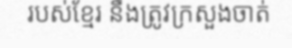
របស់ខ្មែរ នឹងត្រូវក្រសួងចាត់